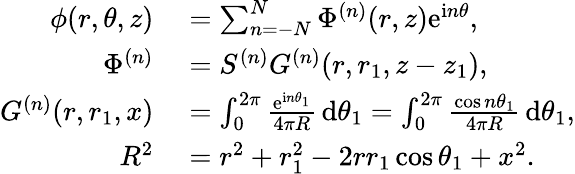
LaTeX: \begin{array}{rl}{\phi(r,\theta,z)}&{{}=\sum_{n=-N}^{N}\Phi^{(n)}(r,z)\mathrm{e}^{\mathrm{i}n\theta},}\\ {\Phi^{(n)}}&{{}=S^{(n)}G^{(n)}(r,r_{1},z-z_{1}),}\\ {G^{(n)}(r,r_{1},x)}&{{}=\int_{0}^{2\pi}\frac{\mathrm{e}^{\mathrm{i}n\theta_{1}}}{4\pi R}\, \mathrm{d}\theta_{1}=\int_{0}^{2\pi}\frac{\cos n\theta_{1}}{4\pi R}\, \mathrm{d}\theta_{1},}\\ {R^{2}}&{{}=r^{2}+r_{1}^{2}-2rr_{1}\cos\theta_{1}+x^{2}.}\end{array}